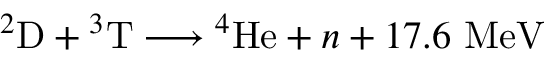
{ } ^ { 2 } \mathrm { D } + { } ^ { 3 } \mathrm { T } \longrightarrow { } ^ { 4 } \mathrm { H e } + n + 1 7 . 6 \ \mathrm { M e V }